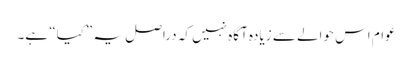
عوام اس حوالے سے زیادہ آگاہ نہیں کہ دراصل یہ ”کیا“ ہے۔